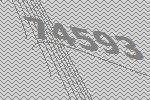
74593